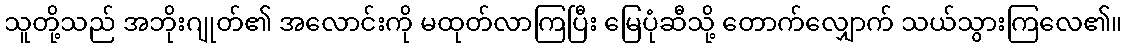
သူတို့သည် အဘိုးဂျုတ်၏ အလောင်းကို မထုတ်လာကြပြီး မြေပုံဆီသို့ တောက်လျှောက် သယ်သွားကြလေ၏။